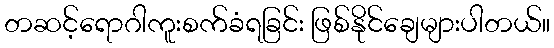
တဆင့်ရောဂါကူးစက်ခံရခြင်း ဖြစ်နိုင်ချေများပါတယ်။